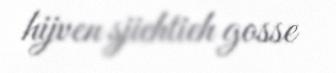
hijven sjiehtieh gosse